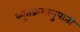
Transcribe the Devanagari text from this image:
व्युतक्रमानुपाती